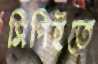
সিপিইতে